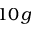
1 0 \, g